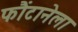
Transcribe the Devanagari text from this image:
फौंटानेला